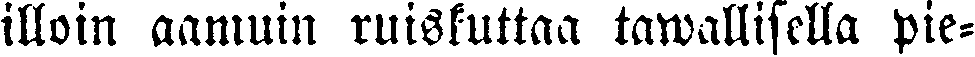
illoin aamuin ruiskuttaa tawallisella pie-